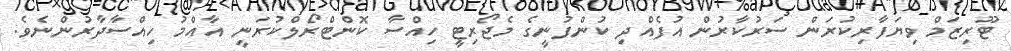
ޓޫރިޒަމް ވިޔަފާރިކުރަން ސަރުކާރުން އުފެއްދި ކުންފުނީގެ މެޖޯރިޓީ ހިއްސާ ކޮންޓްރޯލްކުރަނީ އާއްމު ހިއްސާދާރުންނެވެ.